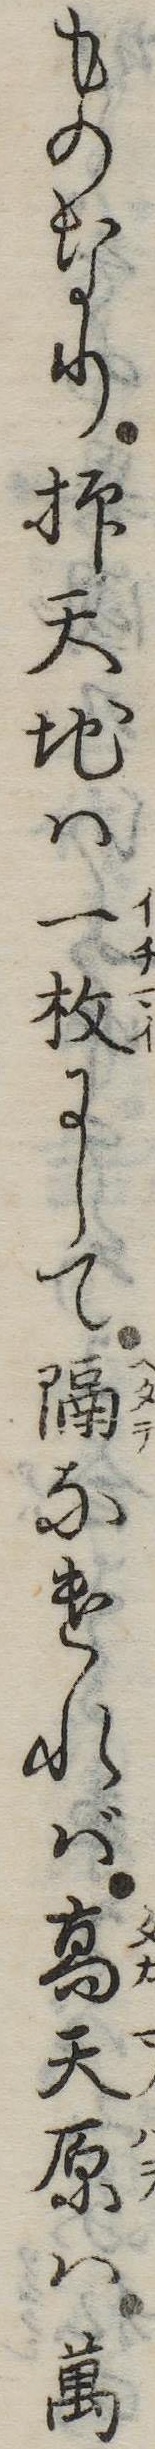
ものなり抑天地は一枚にして隔なければ高天原は万